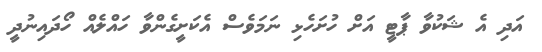
އަދި އެ ޝަކުވާ ޕާޓީ އަށް ހުށަހެޅި ނަމަވެސް އެކަށީގެންވާ ހައްލެއް ހޯދައިނުދީ